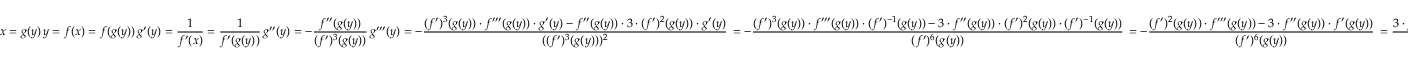
x = g ( y ) \, y = f ( x ) = f ( g ( y ) ) \, g ^ { \prime } ( y ) = \frac { 1 } { f ^ { \prime } ( x ) } = \frac { 1 } { f ^ { \prime } ( g ( y ) ) } \, g ^ { \prime \prime } ( y ) = - \frac { f ^ { \prime \prime } ( g ( y ) ) } { ( f ^ { \prime } ) ^ { 3 } ( g ( y ) ) } \, g ^ { \prime \prime \prime } ( y ) = - \frac { ( f ^ { \prime } ) ^ { 3 } ( g ( y ) ) \cdot f ^ { \prime \prime \prime } ( g ( y ) ) \cdot g ^ { \prime } ( y ) - f ^ { \prime \prime } ( g ( y ) ) \cdot 3 \cdot ( f ^ { \prime } ) ^ { 2 } ( g ( y ) ) \cdot g ^ { \prime } ( y ) } { ( ( f ^ { \prime } ) ^ { 3 } ( g ( y ) ) ) ^ { 2 } } \, = - \frac { ( f ^ { \prime } ) ^ { 3 } ( g ( y ) ) \cdot f ^ { \prime \prime \prime } ( g ( y ) ) \cdot ( f ^ { \prime } ) ^ { - 1 } ( g ( y ) ) - 3 \cdot f ^ { \prime \prime } ( g ( y ) ) \cdot ( f ^ { \prime } ) ^ { 2 } ( g ( y ) ) \cdot ( f ^ { \prime } ) ^ { - 1 } ( g ( y ) ) } { ( f ^ { \prime } ) ^ { 6 } ( g ( y ) ) } \, = - \frac { ( f ^ { \prime } ) ^ { 2 } ( g ( y ) ) \cdot f ^ { \prime \prime \prime } ( g ( y ) ) - 3 \cdot f ^ { \prime \prime } ( g ( y ) ) \cdot f ^ { \prime } ( g ( y ) ) } { ( f ^ { \prime } ) ^ { 6 } ( g ( y ) ) } \, = \frac { 3 \cdot f ^ { \prime \prime } ( g ( y ) ) - f ^ { \prime } ( g ( y ) ) \cdot f ^ { \prime \prime \prime } ( g ( y ) ) } { ( f ^ { \prime } ) ^ { 5 } ( g ( y ) ) }